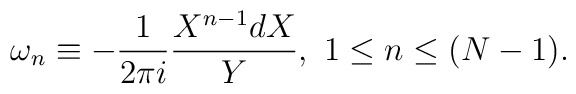
\omega_n \equiv  - \frac{1}{2 \pi i} \frac{X^{n-1} dX}{Y}, ~1 \leq n \leq (N-1).